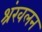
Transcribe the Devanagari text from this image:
श्रंखलन